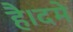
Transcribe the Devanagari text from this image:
है।दमे